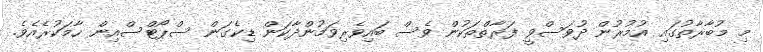
މި މުބާރާތުގައި އުމުރުން ދުވަސްވީ ފަރާތްތަކުން ވެސް ބައިވެރިވަމުންދާކަން ޑިކެގަން ސްޕޯޓްސްއިން ހާމަކުރެއެވެ.